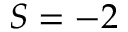
S = - 2